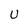
Character: u